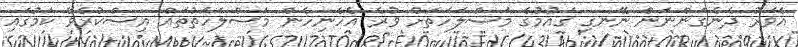
އެވަރު ދެނެގަންނަން ނޭނގި ގައުމުގެ މަސްލަހަތަށް ވުރެ އެހެނިހެން މަސްލަހަތުތައް އިސްކުރެވޭ ކަމުގައި